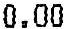
0.00